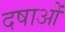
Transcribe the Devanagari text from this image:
दषाओं